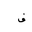
Letter: _fa